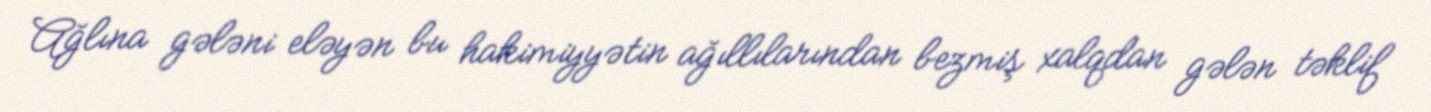
Ağlına gələni eləyən bu hakimiyyətin ağıllılarından bezmiş xalqdan gələn təklif